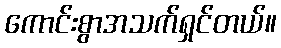
ကောင်းစွာအသက်ရှင်တယ်။